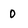
Character: D